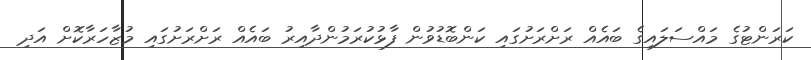
ކަރަންޓުގެ މައްސަލައިގެ ބައެއް ރަށްރަށުގައި ކަންބޮޑުވުން ފާޅުކުރަމުންދާއިރު ބައެެއް ރަށްރަށުގައި މުޒާހަރާކޮށް އަދި